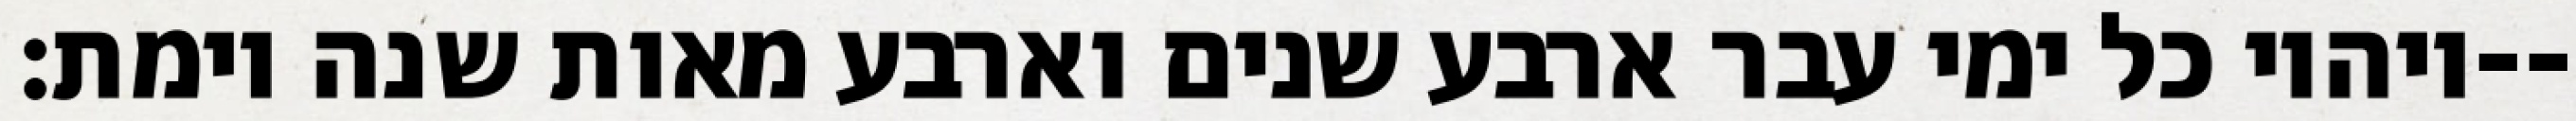
ויהיו כל ימי עבר ארבע שנים וארבע מאות שנה וימת׃--